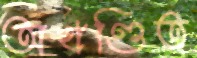
অখণ্ডিত